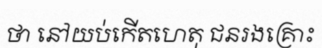
ថា នៅយប់កើតហេតុ ជនរងគ្រោះ